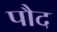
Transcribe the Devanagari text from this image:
पौद